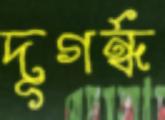
দূগর্ন্ধ